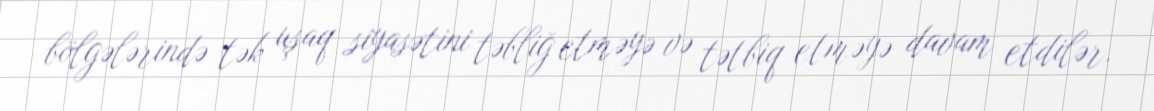
bölgələrində tək uşaq siyasətini təbliğ etməyə və tətbiq etməyə davam etdilər.